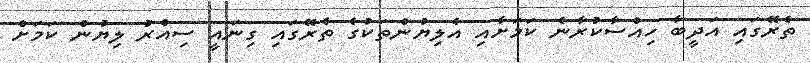
ތެރޭގައި އަދީބާ ހިއްސާކުރާނެ ކަމަށާއި އެލިޔުންތަކުގެ ތެރޭގައި ގިނައީ ސިއްރު ލިޔުން ކަމަށް